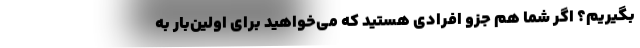
بگیریم؟ اگر شما هم جزو افرادی هستید که می‌خواهید برای اولین‌بار به